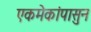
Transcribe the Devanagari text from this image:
एकमेकांपासुन